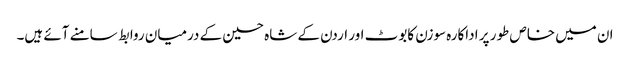
ان میں خاص طور پر اداکارہ سوزن کابوٹ اور اردن کے شاہ حسین کے درمیان روابط سامنے آئے ہیں۔